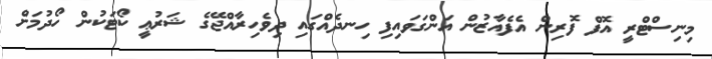
މިނިސްޓްރީ އޮފް ފޮރިން އެފެއާޒުން އަންގަވައިފި ހިނދެއްގައި ދިވެހިރާއްޖޭގެ ޝަރުޢީ ކޯޓަކުން ހޯދުމަށް